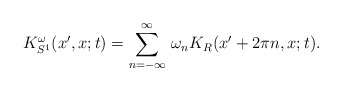
\begin{align*}K_{S^1}^{\omega} ( x' , x ; t )=\sum_{ n = - \infty }^{ \infty } \,\omega_nK_{R} ( x' + 2 \pi n , x ; t ).\end{align*}